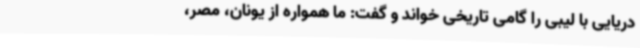
دریایی با لیبی را گامی تاریخی خواند و گفت: ما همواره از یونان، مصر،